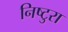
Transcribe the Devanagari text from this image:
निष्टुरा